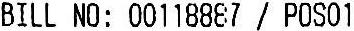
BILL NO: 00118887 / POS01